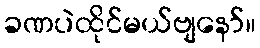
ခဏပဲထိုင်မယ်ဗျနော်။